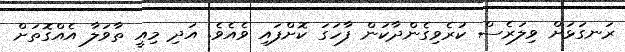
ރަނގަޅަށް ވިލަރެސް ކުރެވިގެންދާކަން ފާހަގަ ކޮށްފައި ވެއެވެ. އަދި މިއީ ތާވަލާ އެއްގޮތަށް